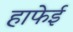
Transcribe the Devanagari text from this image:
हाफेई